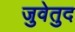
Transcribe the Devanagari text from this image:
जुवेतुद